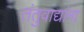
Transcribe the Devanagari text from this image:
तंतुवाद्यांना